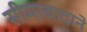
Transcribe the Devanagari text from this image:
सीमावादाने